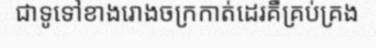
ជាទូទៅខាងរោងចក្រកាត់ដេរគឺគ្រប់គ្រង